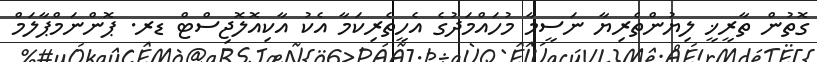
ގޮތުން ތާރީޚީ ލިޔުންތެރިޔާ ނަސީމާ މުހައްމަދުގެ އެހީތެރިކަމާ އެކު އާކިއޮލޮޖިސްޓް ޑރ. ޕޮންނަމްޕާލަމް